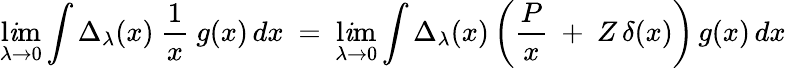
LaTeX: \operatorname*{l\mathit{i}m}_{\lambda\to0}\int\Delta_{\lambda}(x)~{\frac{{1}}{{x}}}~g(x)\, dx~=~\operatorname*{l\mathit{i}m}_{\lambda\to0}\int\Delta_{\lambda}(x)\left({\frac{{P}}{{x}}}~+~Z\, \delta(x)\right)\, g(x)\, dx